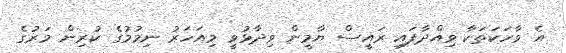
އެ ވާހަކަތަކާ ވިއްދާފައި ރައީސް ޔާމީން ވިދާޅުވީ މިއަހަރު ނިމުމުގެ ކުރިން މަރުގެ